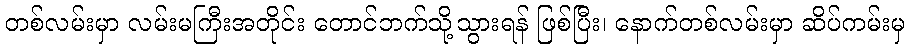
တစ်လမ်းမှာ လမ်းမကြီးအတိုင်း တောင်ဘက်သို့သွားရန် ဖြစ်ပြီး၊ နောက်တစ်လမ်းမှာ ဆိပ်ကမ်းမှ